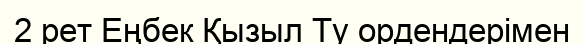
2 рет Еңбек Қызыл Ту ордендерімен